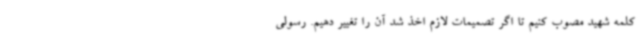
کلمه شهید مصوب کنیم تا اگر تصمیمات لازم اخذ شد آن را تغییر دهیم. رسولی